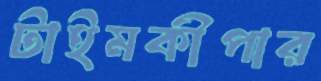
টাইমকীপার